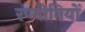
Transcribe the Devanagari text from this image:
रण्नीतियों